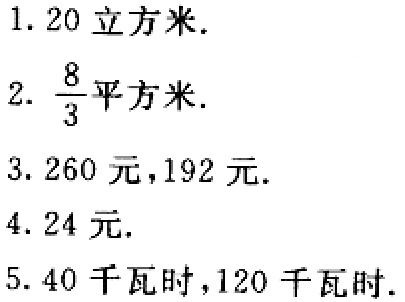
1. \(20\text{ 立方米}.\)

2. \(\frac{8}{3}\text{ 平方米}.\)

3. \(260\text{ 元},192\text{ 元}.\)

4. \(24\text{ 元}.\)

5. \(40\text{ 千瓦时},120\text{ 千瓦时}.\)